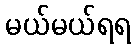
မယ်မယ်ရရ